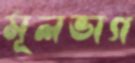
মূলভাগ